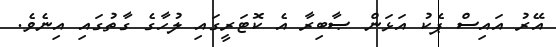
އޭރު އައިސް ޕެކު އަޅަން ޞާބިރާ އެ ކޮޓަރީގައި ލުހާގެ ގާތުގައި އިނެވެ.